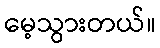
မေ့သွားတယ်။